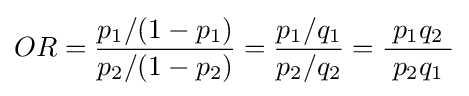
OR={\frac {p_{1}/(1-p_{1})}{p_{2}/(1-p_{2})}}={\frac {p_{1}/q_{1}}{p_{2}/q_{2}}}={\frac {\;p_{1}q_{2}\;}{\;p_{2}q_{1}\;}}